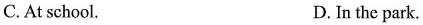
C. At school. D. In the park.